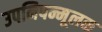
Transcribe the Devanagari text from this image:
उपनिषन्मूलक